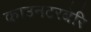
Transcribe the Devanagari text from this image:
काउनटरबेरि